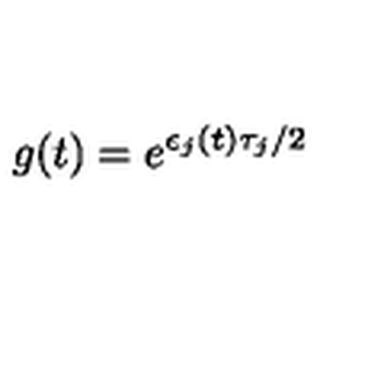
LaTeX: g ( t ) = e ^ { \epsilon _ { j } ( t ) \tau _ { j } / 2 }